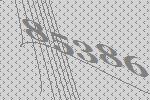
85386